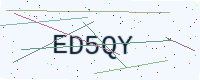
Text: ED5QY